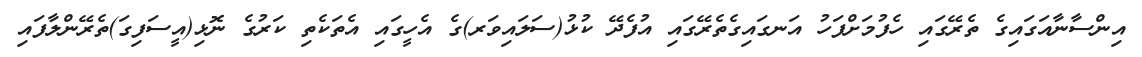
އިންސާނާއަގައިގެ ތެރޭގައި ހެފުމަށްފަހު އަނގައިގެތެރޭގައި އުފެދޭ ކުޅު(ސަލައިވަރ)ގެ އެހީގައި އެތަކެތި ކަރުގެ ނޮޅި(އީސަފިގަ)ތެރޭންލާފައި